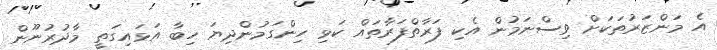
އެ މަންޒަރުތަކަށް ވިސްނަމުން އެކި ފަރާތްފަރާތައް ކަޅި ހިންގަމުންދިޔަ ހިބާ އަޅައިގަތީ މާދުރުނޫން